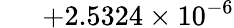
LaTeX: \phantom{000}{+2.5324}\times 10^{-6}